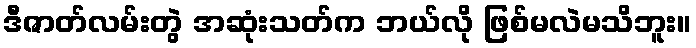
ဒီဇာတ်လမ်းတွဲ အဆုံးသတ်က ဘယ်လို ဖြစ်မလဲမသိဘူး။